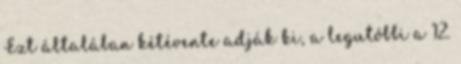
Ezt általában kétévente adják ki, a legutóbbi a 12.